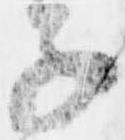
子